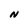
Character: N